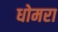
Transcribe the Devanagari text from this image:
धोमरा